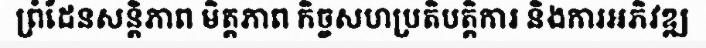
ព្រំដែនសន្តិភាព មិត្តភាព កិច្ចសហប្រតិបត្តិការ និងការអភិវឌ្ឍ